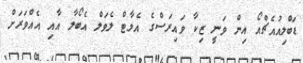
ޑަބްލިއުއެޗްއޯ އިން ވަނީ ޒިކާ ވައިރަސްގެ އެލާޓް ލެވަލް އެބޯލާ އާއި އެއްވަރަށް